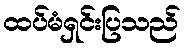
ထပ်မံရှင်းပြသည်